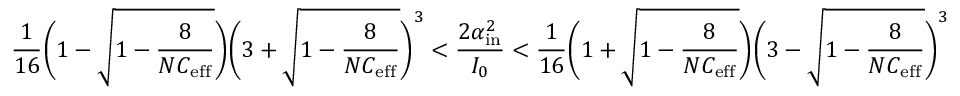
\frac { 1 } { 1 6 } \Bigg ( 1 - \sqrt { 1 - \frac { 8 } { N C _ { \mathrm { e f f } } } } \Bigg ) \Bigg ( 3 + \sqrt { 1 - \frac { 8 } { N C _ { \mathrm { e f f } } } } \Bigg ) ^ { 3 } < \frac { 2 \alpha _ { \mathrm { i n } } ^ { 2 } } { I _ { 0 } } < \frac { 1 } { 1 6 } \Bigg ( 1 + \sqrt { 1 - \frac { 8 } { N C _ { \mathrm { e f f } } } } \Bigg ) \Bigg ( 3 - \sqrt { 1 - \frac { 8 } { N C _ { \mathrm { e f f } } } } \Bigg ) ^ { 3 }